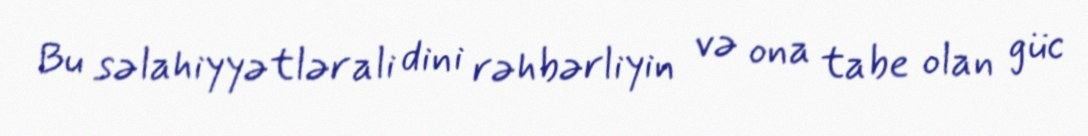
Bu səlahiyyətlər ali dini rəhbərliyin və ona tabe olan güc